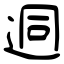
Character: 迵